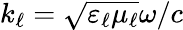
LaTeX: k_{\ell}=\sqrt{\varepsilon_{\ell}\mu_{\ell}}\omega/c